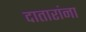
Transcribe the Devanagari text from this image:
दातारांना